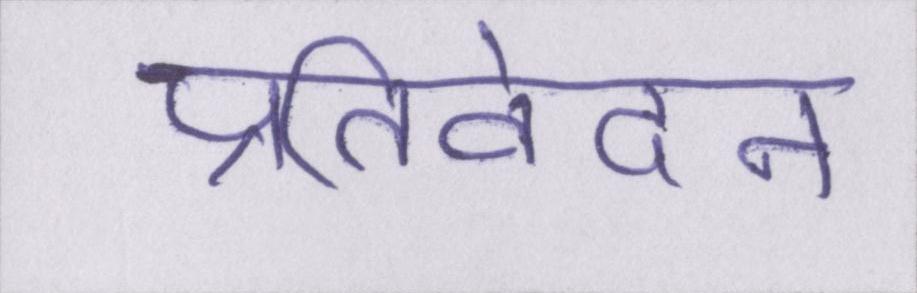
प्रतिवेदन